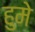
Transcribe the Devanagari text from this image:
हुमे